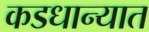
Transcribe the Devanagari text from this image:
कडधान्यात